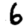
Digit: 6